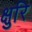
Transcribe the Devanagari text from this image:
क्षुरि